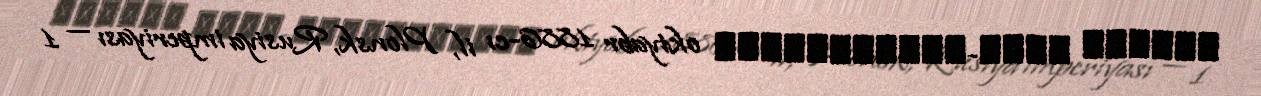
דָּוִד בֶּן-גּוּרִיּוֹן oktyabr 1886-cı il, Plonsk, Rusiya imperiyası — 1